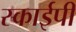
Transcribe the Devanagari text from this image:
स्काईपी